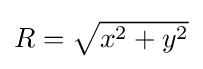
{\textstyle R={\sqrt {x^{2}+y^{2}}}}